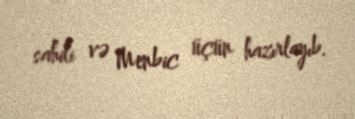
sahili və Menbic üçün hazırlayıb.